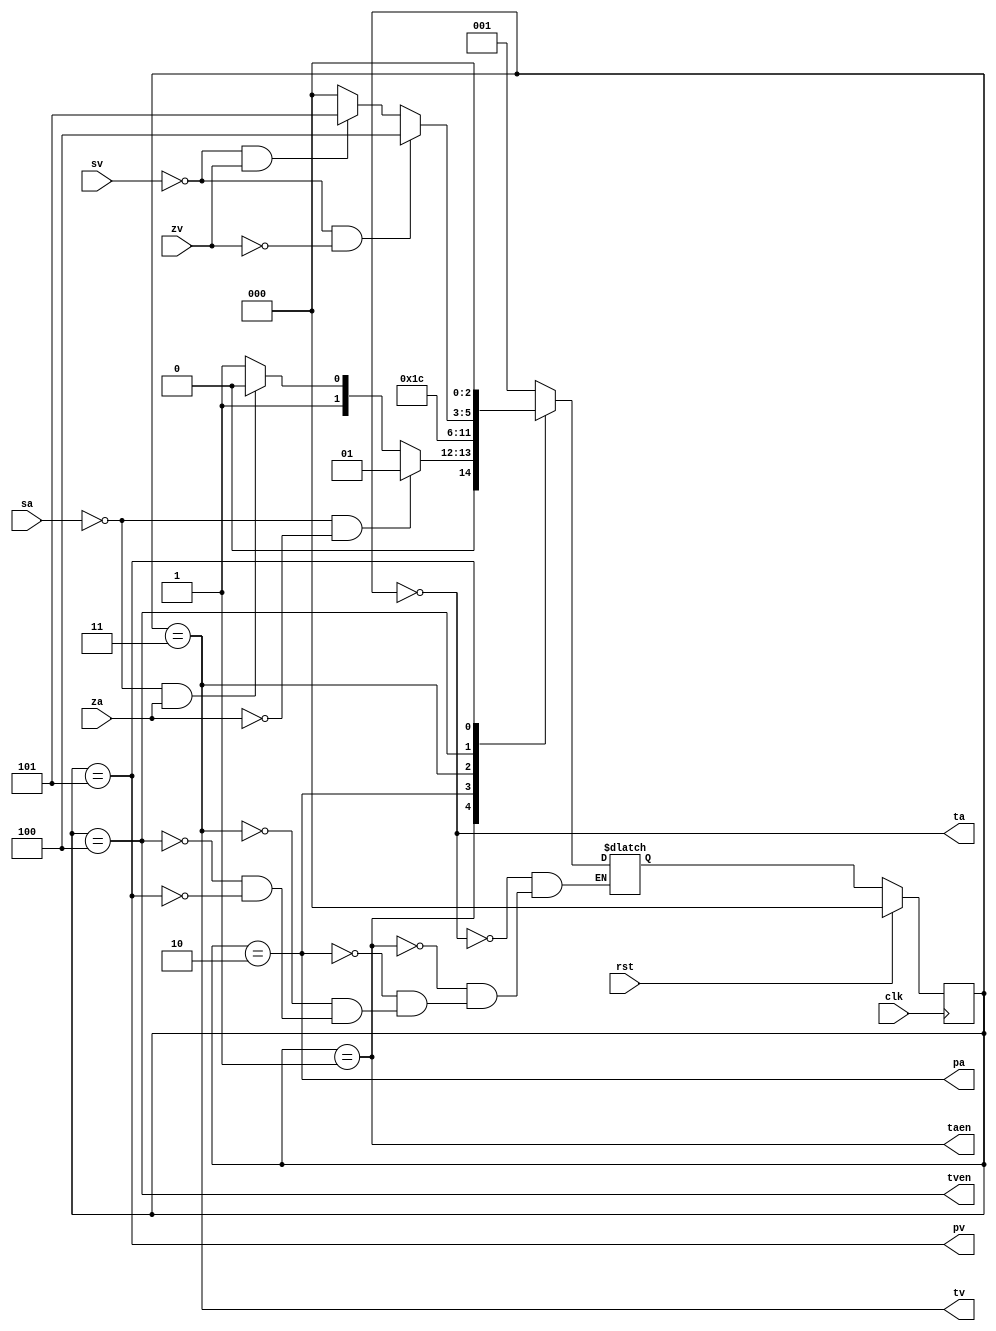
module Controller(
	input clk,
	input rst,
   input sa,
   input za,
   input sv,
   input zv,
   output pa,
   output ta,
   output pv,
   output tv,
	output taen,
	output tven
);

parameter ResetTimerA = 3'b000;
parameter WaitA = 3'b001;
parameter PaceA = 3'b010;
parameter ResetTimerV = 3'b011;
parameter WaitV = 3'b100;
parameter PaceV = 3'b101;

reg [2:0] STATE, NEXT;


always @(posedge clk)
	begin
		if(rst) STATE <= ResetTimerA;
		else STATE <= NEXT;
	end


always@(*)
	begin
		case(STATE)
			//WAIT : NEXT = (s == 0 & z == 0) ? WAIT :  (s == 0 & z == 1) ? PACE : RT;
            ResetTimerA : NEXT = WaitA;
            WaitA : NEXT = ( sa == 0 & za == 0) ? WaitA : (sa == 0 & za == 1 ) ? PaceA : ResetTimerV;
            PaceA : NEXT = ResetTimerV;
            ResetTimerV : NEXT = WaitV;
            WaitV : NEXT = (sv == 0 & zv == 0) ? WaitV : (sv == 0 & zv == 1) ? PaceV : ResetTimerA;
            PaceV : NEXT = ResetTimerA;
		endcase
	end


assign pa = (STATE == PaceA);
assign ta = (STATE == ResetTimerA);
assign pv = (STATE == PaceV);
assign tv = (STATE == ResetTimerV);
assign tven = (STATE == WaitV);
assign taen = (STATE == WaitA);

endmodule